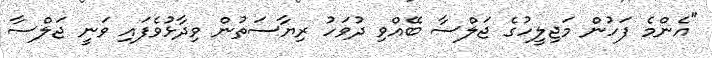
"އެންމެ ފަހުން މަޖިލީހުގެ ޖަލްސާ ބޭއްވި ދުވަހު ރިޔާސަތުން ވިދާޅުވެފައި ވަނީ ޖަލްސާ